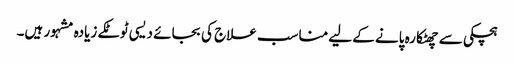
ہچکی سے چھٹکارہ پانے کے لیے مناسب علاج کی بجائے دیسی ٹوٹکے زیادہ مشہور ہیں۔